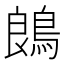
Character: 𪁜